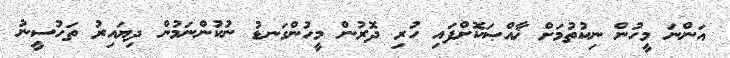
އަންނަ މީހުން ނިކުތުމަށް ޚާއްޞަކޮށްފައި ހުރި ދޮރުން މީހުންގަނޑު ނުކުންނަމުން ދިޔައިރު ތަހުސީނު